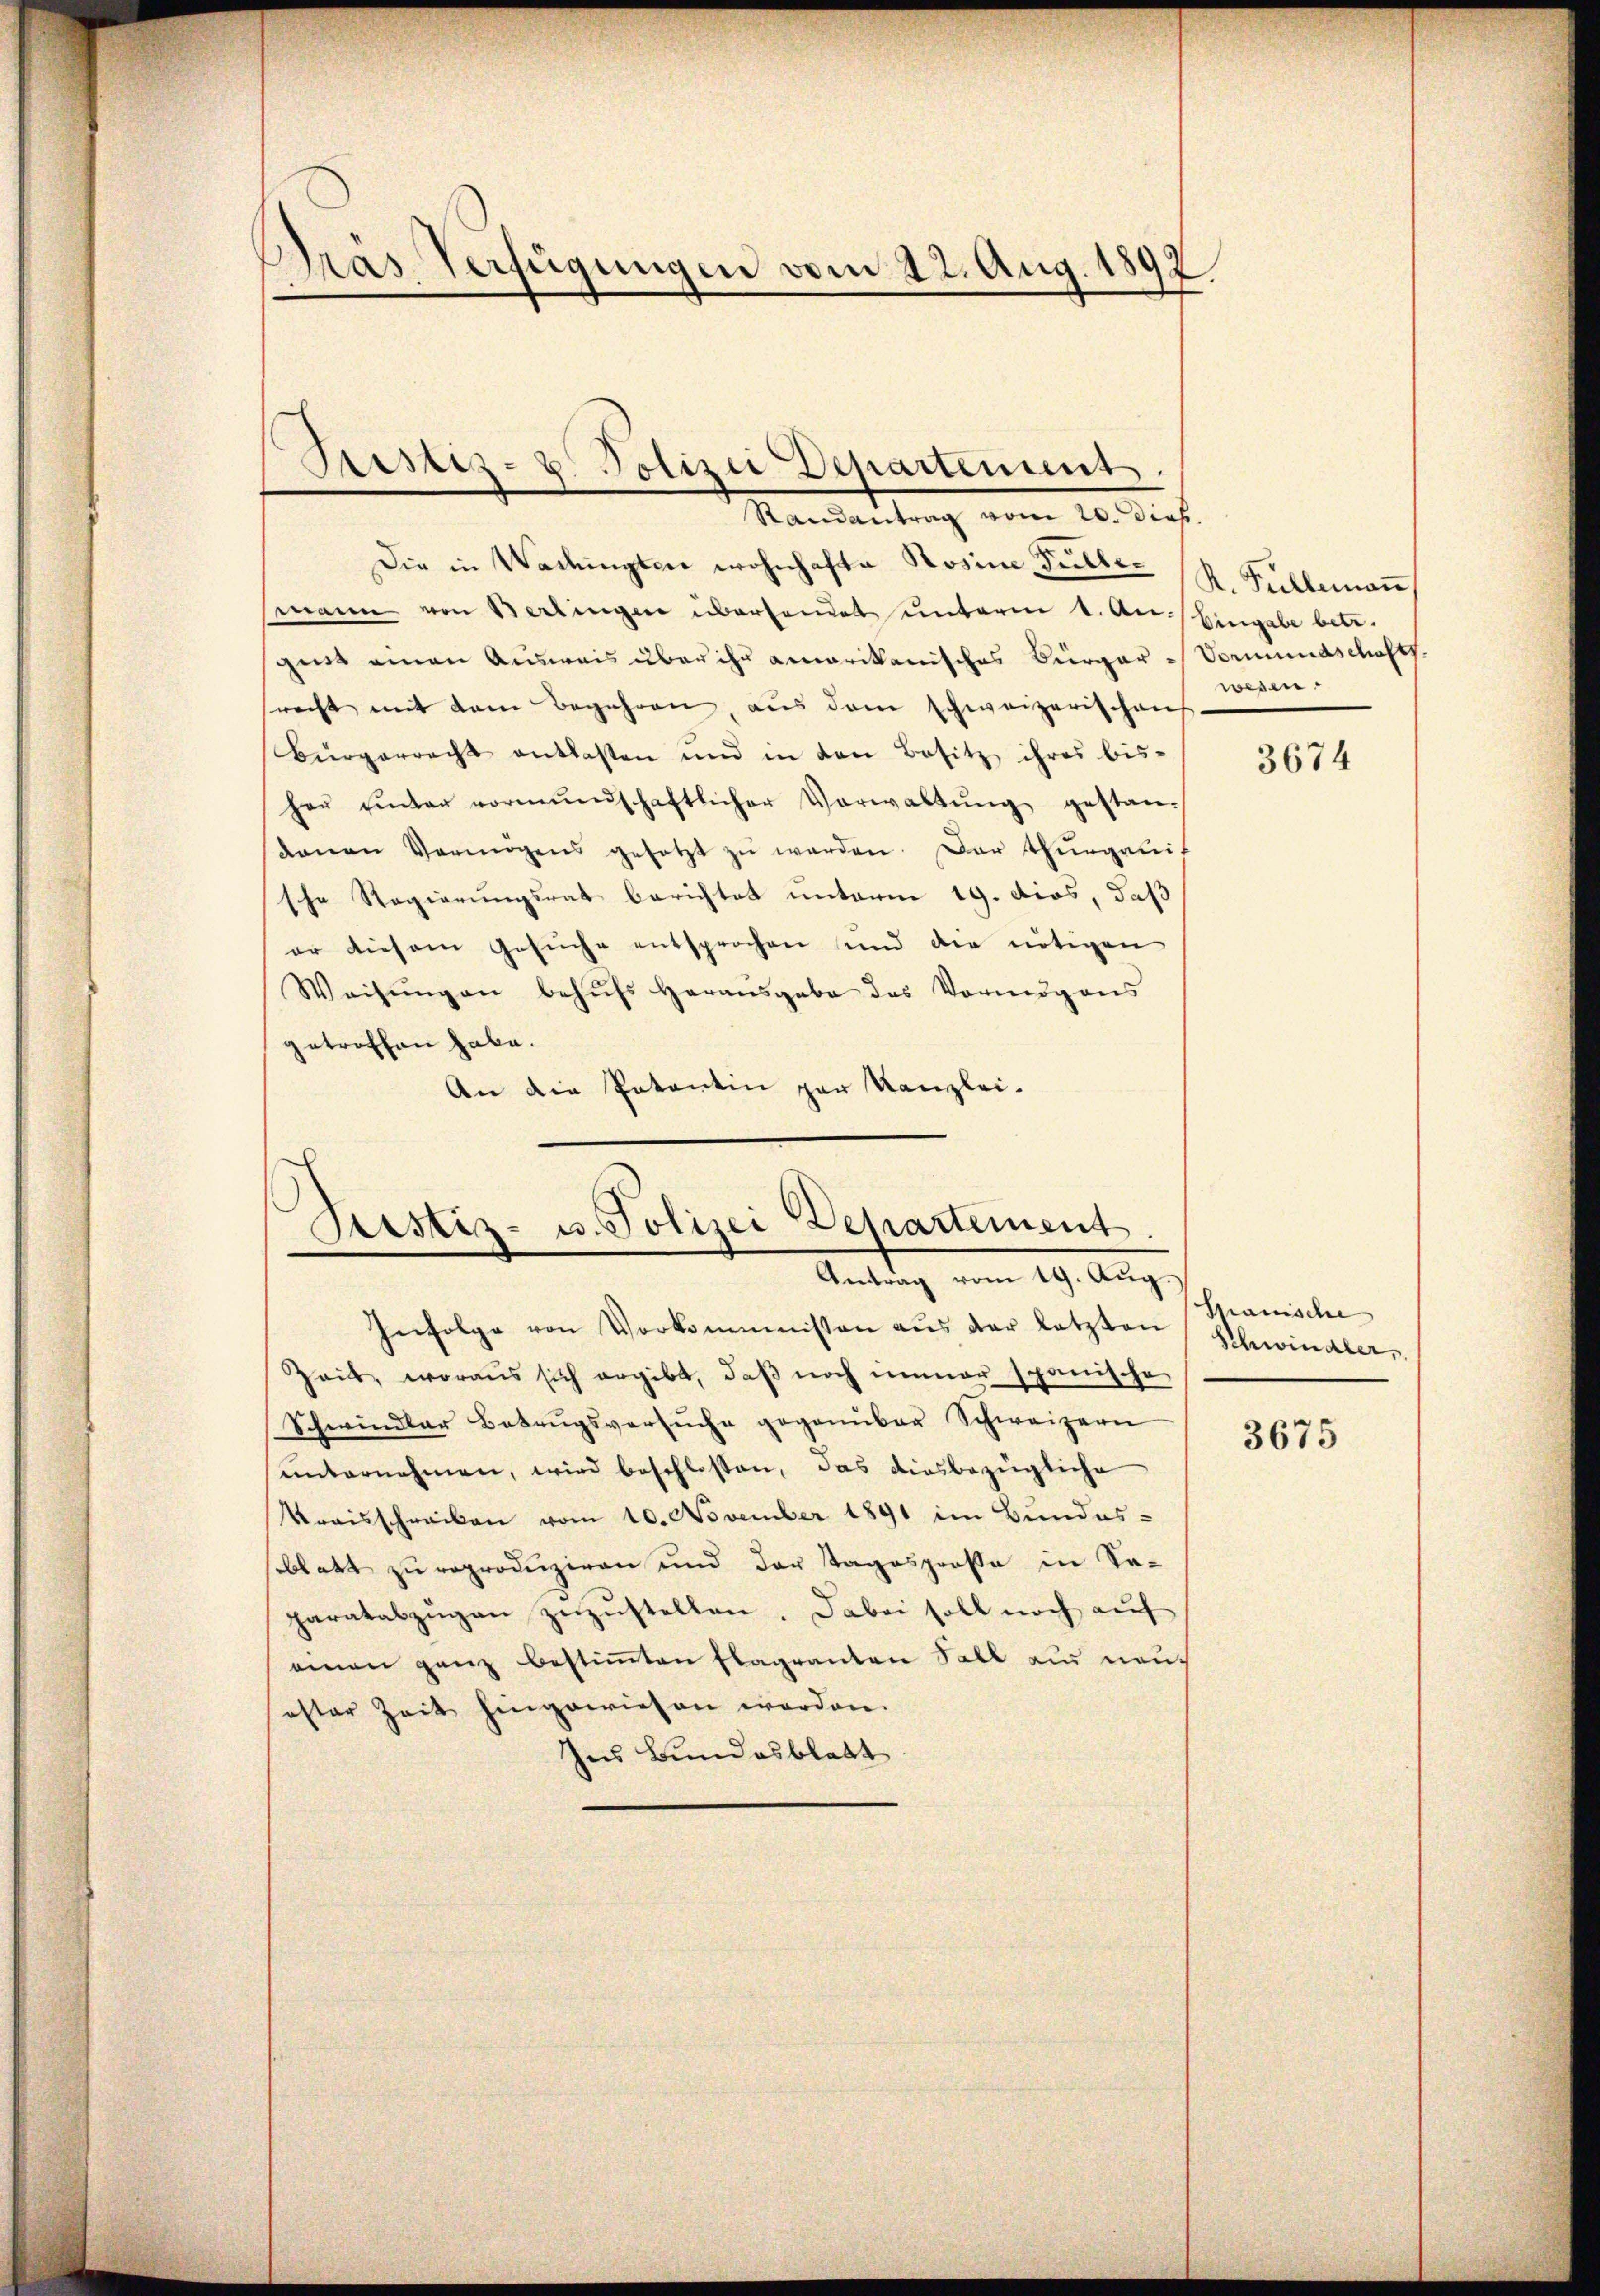
Präs. Verfügungen vom 22. Aug. 18
.
s

Randantrag vom 20. Dieb.
Die in Wadingten wohnhafte Rosine Füller
smann von Berlingen überhandet unterm 1. A.) Eingabe betr.
gust einen Ausweis über ihn amarikanisches Bürger Vormundschaftsrecht mit dem Begehren, aus dem schweizerischens
Bürgerrecht entlasten und in den Besitz ihres bis-
her unter vormŭndschaftlicher Verwaltŭng gestan
denen Vermögens gesetzt zŭ werden. Der Thurgauis
sche Regierungsrat berichtet unterm 19. dies, daß
er diesem Gesuche entsprochen und die nötigen
Weisŭngen behŭfs herausgabe des Vermögens
getroffen habe.
An die Patentin par Kanzlei-
Bestiz- u. Polizei Departement
Antrag vom 19. Aug.
Infolge von Vorkommnissen aŭs der letzten Schwindler,
Zeit, woraus sich ergibt, daβ noch immer spanische
Schwindler Betrugsversŭche gegenüber Schweizern
ŭnternehmen, wird beschlossen, das diesbezügliche
Kreisschreiben vom 10. November 1891 im Bundessblatt zu reproduziren und der Tagesprosse in Separatabzügen zuzustellen. Dabei soll noch auf
einen ganz bestimmten Flagranten Fall aus neuester Zeit hingewiesen werden.
Ins Bundesblatt

Gristiz- & Polizei Departement

R. Fullemaṅ
wesen.

3674

Manische

3675